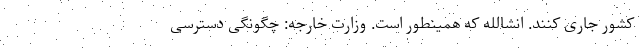
کشور جاری کنند. انشالله که همینطور است. وزارت خارجه: چگونگی دسترسی